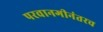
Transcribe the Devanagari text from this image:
परवानगीनंतरच